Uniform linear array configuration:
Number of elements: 16
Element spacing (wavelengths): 0.25
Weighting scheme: hann
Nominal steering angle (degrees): -15
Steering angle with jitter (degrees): -14.177
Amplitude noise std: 0.05
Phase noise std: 0.05

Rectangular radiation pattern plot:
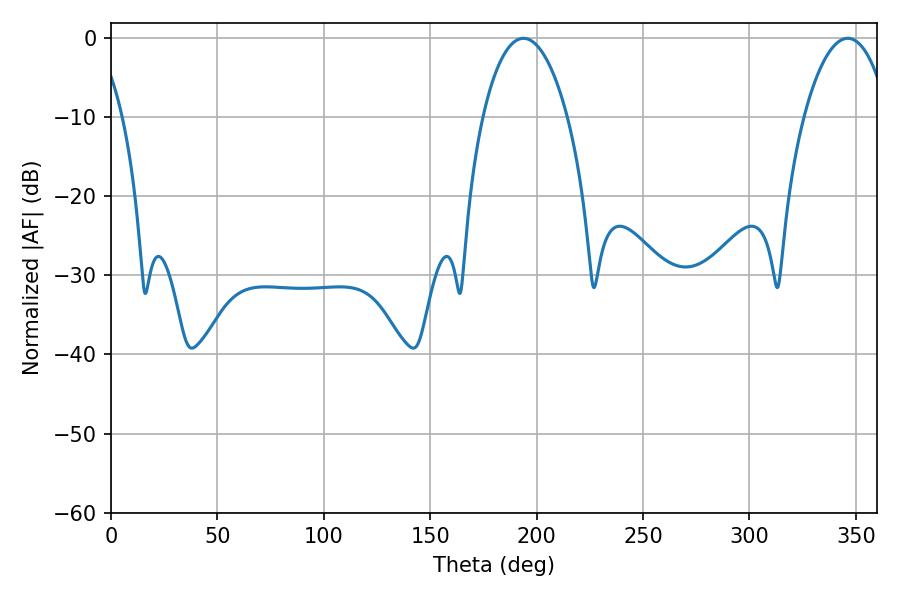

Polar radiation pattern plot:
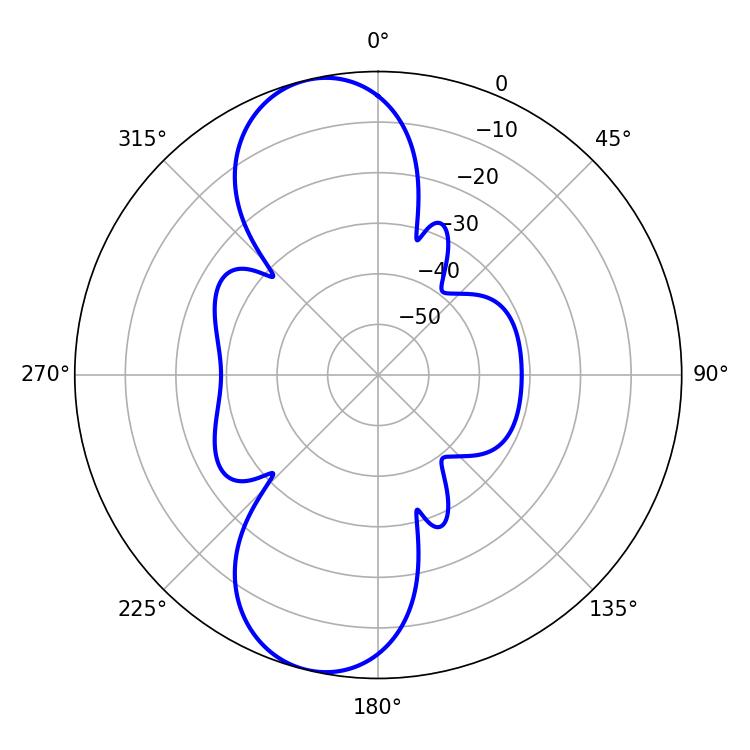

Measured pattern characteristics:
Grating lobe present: FALSE
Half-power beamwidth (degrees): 22.32
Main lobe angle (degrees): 346.14